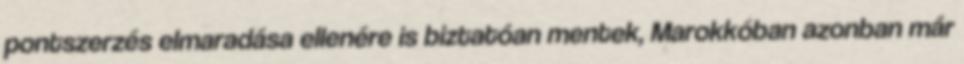
pontszerzés elmaradása ellenére is biztatóan mentek, Marokkóban azonban már